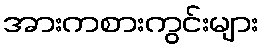
အားကစားကွင်းများ